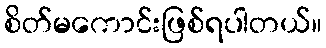
စိတ်မကောင်းဖြစ်ရပါတယ်။